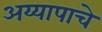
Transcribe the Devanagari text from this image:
अय्यापाचे